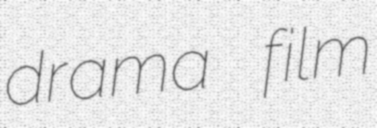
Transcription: drama film